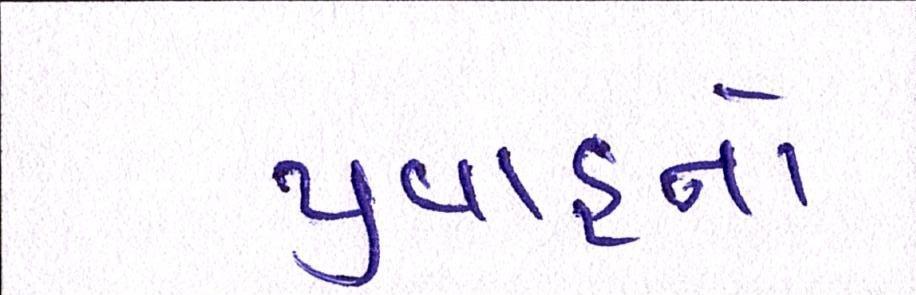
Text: પ્રવાહનો